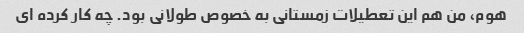
هوم، من هم این تعطیلات زمستانی به خصوص طولانی بود. چه کار کرده ای